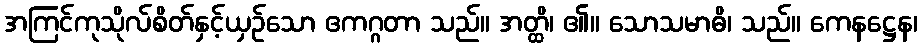
အကြင်ကုသိုလ်စိတ်နှင့်ယှဉ်သော ဧကဂ္ဂတာ သည်။ အတ္ထိ၊ ၏။ သောသမာဓိ၊ သည်။ ကေနဋ္ဌေန၊